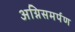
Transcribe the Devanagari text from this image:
अग्निसमर्पण